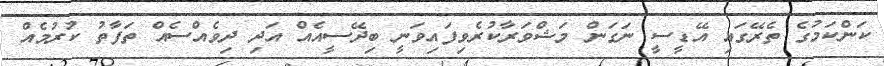
ކަންކަމުގެ ތެރޭގައި އޭޑީސީ ނަގަން މަޝްވަރާކުރެވިފައިވަނީ ބިދޭސީއެއް އަދި ދިވެއްސެއް ތަފާތު ކުރުމެއް